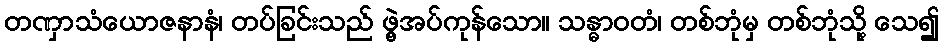
တဏှာသံယောဇနာနံ၊ တပ်ခြင်းသည် ဖွဲ့အပ်ကုန်သော။ သန္ဓာဝတံ၊ တစ်ဘုံမှ တစ်ဘုံသို့ သေ၍